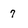
Character: 7